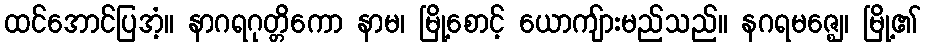
ထင်အောင်ပြအံ့။ နာဂရဂုတ္တိကော နာမ၊ မြို့စောင့် ယောကျ်ားမည်သည်။ နဂရမဇ္ဈေ၊ မြို့၏